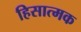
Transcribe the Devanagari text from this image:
हिसात्मक